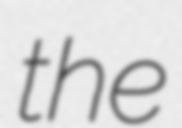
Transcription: the